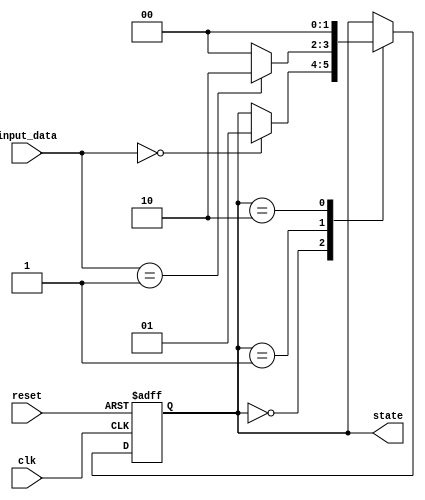
module StateMachine (
    input wire clk,
    input wire reset,
    input wire [1:0] input_data,
    output reg [1:0] state
);

parameter STATE_A = 2'b00;
parameter STATE_B = 2'b01;
parameter STATE_C = 2'b10;

always @ (posedge clk or posedge reset)
begin
    if (reset)
        state <= STATE_A;
    else
    begin
        case (state)
            STATE_A: begin
                if (input_data == 2'b00)
                    state <= STATE_B;
            end
            STATE_B: begin
                if (input_data == 2'b01)
                    state <= STATE_C;
                else
                    state <= STATE_A;
            end
            STATE_C: begin
                state <= STATE_A;
            end
        endcase
    end
end

endmodule